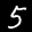
Label: 5